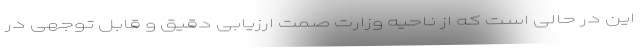
این در حالی است که از ناحیه وزارت صمت ارزیابی دقیق و قابل توجهی در